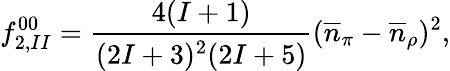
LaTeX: f_{2,II}^{00}=\frac{\textstyle 4(I+1)}{\textstyle(2I+3)^{2}(2I+5)}(\overline{{{n}}}_{\pi}-\overline{{{n}}}_{\rho})^{2},